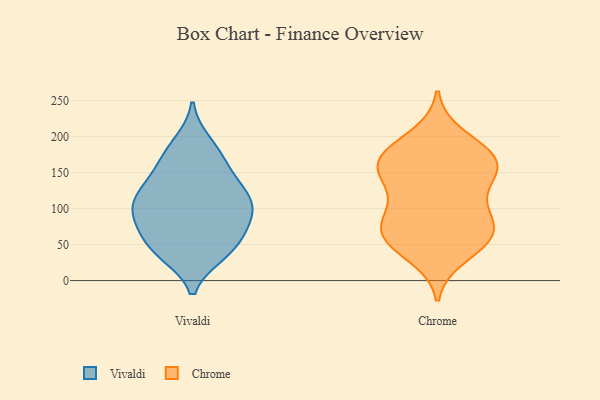
{"axis": {"x": "Waste Production (Tons)", "y": "Value"}, "legend": ["Chrome", "Vivaldi"], "data": [{"x": "", "y": 110, "type": "Vivaldi"}, {"x": "", "y": 116, "type": "Vivaldi"}, {"x": "", "y": 192, "type": "Vivaldi"}, {"x": "", "y": 109, "type": "Vivaldi"}, {"x": "", "y": 43, "type": "Vivaldi"}, {"x": "", "y": 76, "type": "Vivaldi"}, {"x": "", "y": 101, "type": "Vivaldi"}, {"x": "", "y": 64, "type": "Vivaldi"}, {"x": "", "y": 74, "type": "Vivaldi"}, {"x": "", "y": 143, "type": "Vivaldi"}, {"x": "", "y": 38, "type": "Vivaldi"}, {"x": "", "y": 37, "type": "Vivaldi"}, {"x": "", "y": 83, "type": "Vivaldi"}, {"x": "", "y": 94, "type": "Vivaldi"}, {"x": "", "y": 158, "type": "Vivaldi"}, {"x": "", "y": 165, "type": "Vivaldi"}, {"x": "", "y": 182, "type": "Vivaldi"}, {"x": "", "y": 118, "type": "Vivaldi"}, {"x": "", "y": 128, "type": "Vivaldi"}, {"x": "", "y": 42, "type": "Vivaldi"}, {"x": "", "y": 56, "type": "Chrome"}, {"x": "", "y": 67, "type": "Chrome"}, {"x": "", "y": 134, "type": "Chrome"}, {"x": "", "y": 169, "type": "Chrome"}, {"x": "", "y": 63, "type": "Chrome"}, {"x": "", "y": 178, "type": "Chrome"}, {"x": "", "y": 200, "type": "Chrome"}, {"x": "", "y": 160, "type": "Chrome"}, {"x": "", "y": 87, "type": "Chrome"}, {"x": "", "y": 154, "type": "Chrome"}, {"x": "", "y": 35, "type": "Chrome"}, {"x": "", "y": 106, "type": "Chrome"}, {"x": "", "y": 53, "type": "Chrome"}, {"x": "", "y": 157, "type": "Chrome"}, {"x": "", "y": 150, "type": "Chrome"}, {"x": "", "y": 92, "type": "Chrome"}, {"x": "", "y": 178, "type": "Chrome"}, {"x": "", "y": 70, "type": "Chrome"}]}